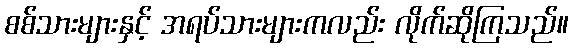
စစ်သားများနှင့် အရပ်သားများကလည်း လိုက်ဆိုကြသည်။